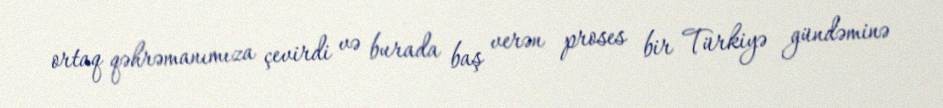
ortaq qəhrəmanımıza çevirdi və burada baş verən proses bir Türkiyə gündəminə